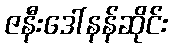
ဇနီးဒေါ်နန်ဆိုင်း